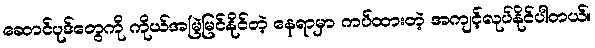
ဆောင်ပုဒ်တွေကို ကိုယ်အမြဲမြင်နိုင်တဲ့ နေရာမှာ ကပ်ထားတဲ့ အကျင့်လုပ်နိုင်ပါတယ်။